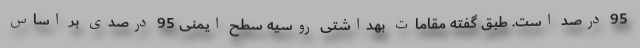
95 درصد است. طبق گفته مقامات بهداشتی روسیه سطح ایمنی 95 درصدی بر اساس